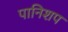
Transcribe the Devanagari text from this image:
पानिशप